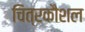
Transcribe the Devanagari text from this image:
चित्रकौशल